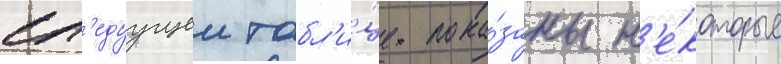
сл'едуущеи табл'и́це пока́заны н'е́которые